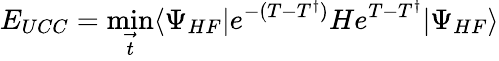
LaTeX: E_{UCC}=\operatorname*{min}_{\underset{t}{\rightarrow}}^{}\langle\Psi_{HF}|e^{-(T-T^{\dagger})}He^{T-T^{\dagger}}|\Psi_{HF}\rangle